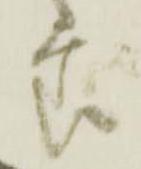
節